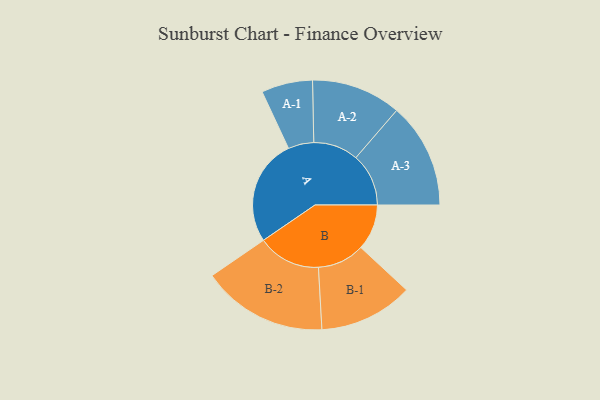
{"axis": {"x": "Segment", "y": "Value"}, "legend": ["", "A", "B"], "data": [{"x": "A", "y": 436, "type": ""}, {"x": "B", "y": 188, "type": ""}, {"x": "A-1", "y": 105, "type": "A"}, {"x": "A-2", "y": 184, "type": "A"}, {"x": "A-3", "y": 216, "type": "A"}, {"x": "B-1", "y": 193, "type": "B"}, {"x": "B-2", "y": 258, "type": "B"}]}